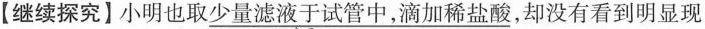
【继续探究】小明也取\underline{少}\underline{量}\underline{滤}\underline{液}\underline{于}\underline{试}\underline{管}\underline{中}\underline{，}\underline{滴}\underline{加}\underline{稀}\underline{盐}\underline{酸}，却没有看到明显现